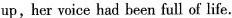
up, her voice had been full of life.